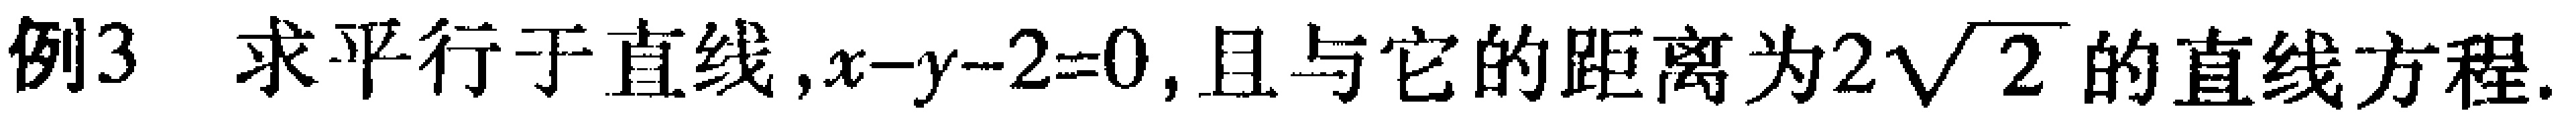
例3 求平行于直线,$x - y - 2 = 0$,且与它的距离为$2\sqrt{2}$的直线方程.